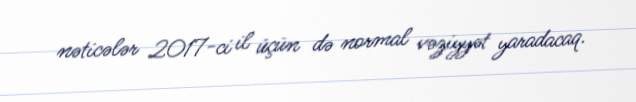
nəticələr 2017-ci il üçün də normal vəziyyət yaradacaq.